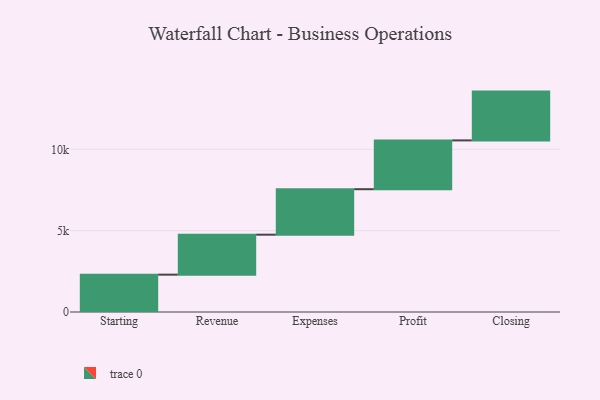
{"axis": {"x": "Step", "y": "Value"}, "legend": [""], "data": [{"x": "Starting", "y": 2296.0, "type": ""}, {"x": "Revenue", "y": 2457.0, "type": ""}, {"x": "Expenses", "y": 2796.0, "type": ""}, {"x": "Profit", "y": 3000, "type": ""}, {"x": "Closing", "y": 3000, "type": ""}]}